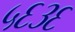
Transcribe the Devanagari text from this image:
५६३६